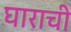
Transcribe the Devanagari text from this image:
घाराची